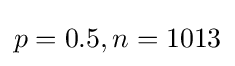
p=0.5,n=1013